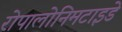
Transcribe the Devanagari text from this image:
रोपालोनिमटाइडे